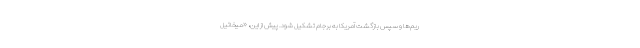
ریم‌ها و سپس بازگشت آمریکا به برجام تشکیل شود. پیش از این، «میخائیل